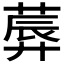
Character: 𦸳